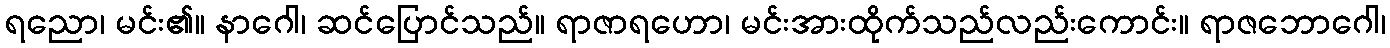
ရညော၊ မင်း၏။ နာဂေါ၊ ဆင်ပြောင်သည်။ ရာဇာရဟော၊ မင်းအားထိုက်သည်လည်းကောင်း။ ရာဇဘောဂေါ၊